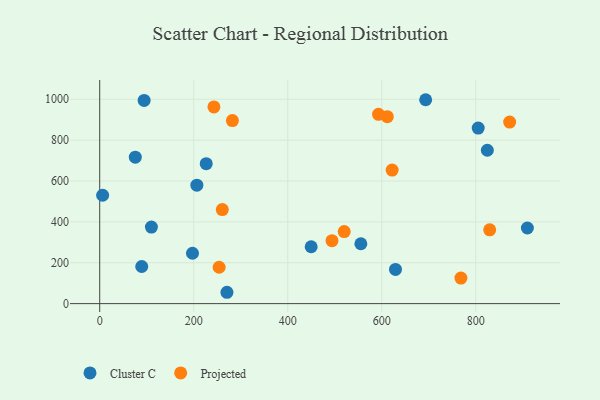
{"axis": {"x": "Engine Size", "y": "Rating"}, "legend": ["Cluster C", "Projected"], "data": [{"x": "909.9", "y": 370.2, "type": "Cluster C"}, {"x": "206.7", "y": 579.4, "type": "Cluster C"}, {"x": "805.3", "y": 858.8, "type": "Cluster C"}, {"x": "226.6", "y": 685.0, "type": "Cluster C"}, {"x": "94.5", "y": 994.4, "type": "Cluster C"}, {"x": "693.5", "y": 997.7, "type": "Cluster C"}, {"x": "75.7", "y": 716.5, "type": "Cluster C"}, {"x": "89.4", "y": 181.8, "type": "Cluster C"}, {"x": "110.0", "y": 374.4, "type": "Cluster C"}, {"x": "629.3", "y": 167.6, "type": "Cluster C"}, {"x": "449.9", "y": 278.4, "type": "Cluster C"}, {"x": "6.2", "y": 530.3, "type": "Cluster C"}, {"x": "555.6", "y": 293.1, "type": "Cluster C"}, {"x": "824.7", "y": 750.5, "type": "Cluster C"}, {"x": "197.4", "y": 246.6, "type": "Cluster C"}, {"x": "270.7", "y": 55.6, "type": "Cluster C"}, {"x": "593.2", "y": 926.3, "type": "Projected"}, {"x": "243.0", "y": 962.6, "type": "Projected"}, {"x": "282.3", "y": 895.6, "type": "Projected"}, {"x": "872.2", "y": 888.2, "type": "Projected"}, {"x": "520.2", "y": 352.6, "type": "Projected"}, {"x": "611.9", "y": 915.0, "type": "Projected"}, {"x": "254.1", "y": 178.1, "type": "Projected"}, {"x": "768.5", "y": 125.3, "type": "Projected"}, {"x": "829.7", "y": 361.0, "type": "Projected"}, {"x": "260.8", "y": 460.1, "type": "Projected"}, {"x": "622.2", "y": 653.4, "type": "Projected"}, {"x": "494.2", "y": 308.0, "type": "Projected"}]}